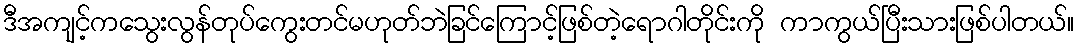
ဒီအကျင့်ကသွေးလွန်တုပ်ကွေးတင်မဟုတ်ဘဲခြင်ကြောင့်ဖြစ်တဲ့ရောဂါတိုင်းကို ကာကွယ်ပြီးသားဖြစ်ပါတယ်။